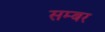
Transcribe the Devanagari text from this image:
सम्बर